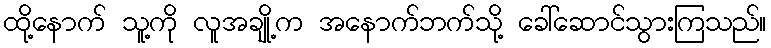
ထို့နောက် သူ့ကို လူအချို့က အနောက်ဘက်သို့ ခေါ်ဆောင်သွားကြသည်။